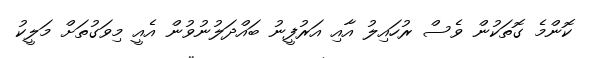
ކޮންމެ ގޮތަކުން ވެސް ރުހައިލު އާއި އަރުފީނު ބައްދަލުނުވުން އެއީ މިވަގުތަށް މަލީކު